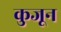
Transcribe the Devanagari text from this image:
कुजून